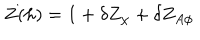
Z ( h ) = 1 + \delta Z _ { \chi } + \delta Z _ { A \phi }